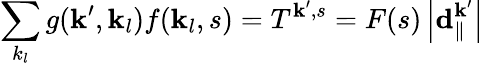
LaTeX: \sum_{k_{l}}g(\textbf{k}^{\prime},\textbf{k}_{l})f(\textbf{k}_{l},s)=T^{\textbf{k}^{\prime},s}=F(s)\left|\textbf{d}_{\| }^{\textbf{k}^{\prime}}\right|